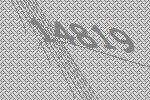
14819